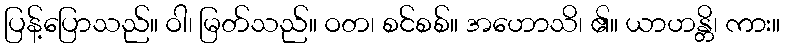
ပြန့်ပြောသည်။ ဝါ၊ မြတ်သည်။ ဝတ၊ စင်စစ်။ အဟောသိ၊ ၏။ ယာဟန္တိ၊ ကား။